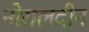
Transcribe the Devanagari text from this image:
नोरालदीन